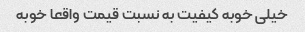
خیلی خوبه کیفیت به نسبت قیمت واقعا خوبه